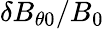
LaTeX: \delta B_{\theta 0}/B_{0}